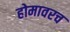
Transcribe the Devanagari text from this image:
होमावरच